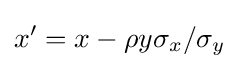
x'=x-\rho y\sigma _{x}/\sigma _{y}